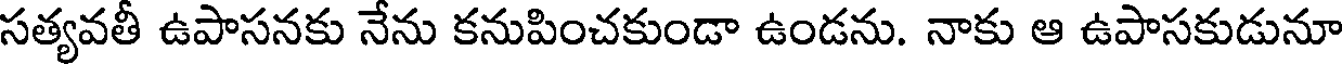
సత్యవతీ ఉపాసనకు నేను కనుపించకుండా ఉండను. నాకు ఆ ఉపాసకుడునూ